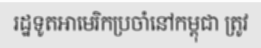
រដ្ឋទូតអាមេរិកប្រចាំនៅកម្ពុជា ត្រូវ